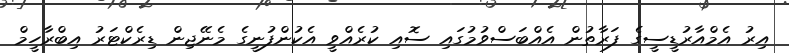
އިރު އެމްއާރުޑީސީގެ ފަރާތުން އެއްބަސްވުމުގައި ސޮއި ކުރެއްވީ އެކުންފުނީގެ މެނޭޖިން ޑިރެކްޓަރު އިބްރާހީމް